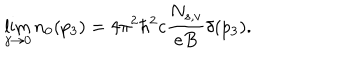
\lim _ { \gamma \to 0 } n _ { 0 } ( p _ { 3 } ) = 4 \pi ^ { 2 } \hbar ^ { 2 } c \frac { N _ { s , v } } { e B } \delta ( p _ { 3 } ) .